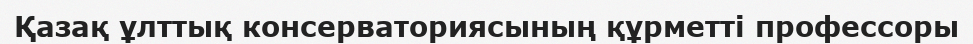
Қазақ ұлттық консерваториясының құрметті профессоры